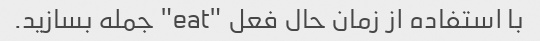
با استفاده از زمان حال فعل "eat" جمله بسازید.